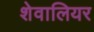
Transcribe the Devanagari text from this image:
शेवालियर